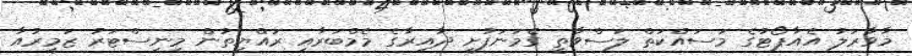
މާވާރަލު އެއާޕޯޓުގެ މަސައްކަތް ލަސްވާތީ ގެމަނަފުށީ ދާއިރާގެ މެމްބަރާއި ރައްޔިތުން މިނިސްޓަރު ޒަމީރުއާ